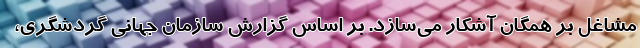
مشاغل بر همگان آشکار می‌سازد. بر اساس گزارش سازمان جهانی گردشگری،